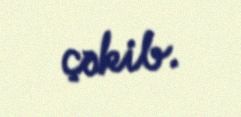
çəkib.